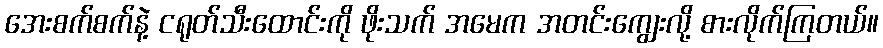
အေးစက်စက်နဲ့ ငရုတ်သီးထောင်းကို ဖိုးသက် အမေက အတင်းကျွေးလို့ စားလိုက်ကြတယ်။